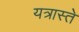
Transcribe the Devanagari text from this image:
यत्रास्ते